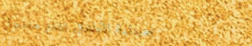
صيدلية الأطفال تقدم منتجا